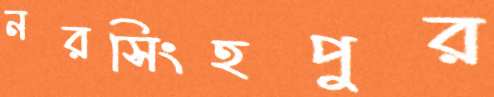
নরসিংহপুর